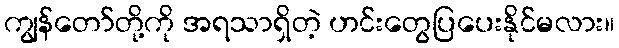
ကျွန်တော်တို့ကို အရသာရှိတဲ့ ဟင်းတွေပြပေးနိုင်မလား။